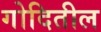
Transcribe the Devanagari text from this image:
गोदितील